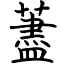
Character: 藎